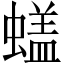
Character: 𰳙